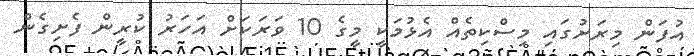
އުފަން މިރަށުގައި މިސްކިތެއް އެޅުމަކީ މީގެ 10 ވަރަކަށް އަހަރު ކުރީން ފެށިގެން